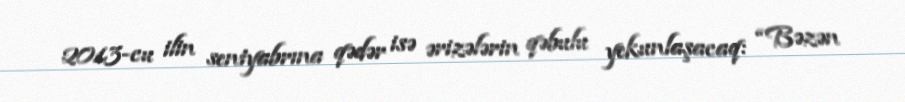
2013-cu ilin sentyabrına qədər isə ərizələrin qəbulu yekunlaşacaq: “Bəzən